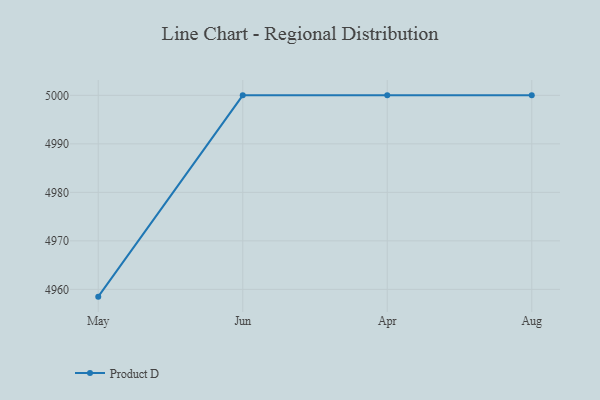
{"axis": {"x": "Month", "y": "Temperature (°C)"}, "legend": ["Product D"], "data": [{"x": "May", "y": 4958.5, "type": "Product D"}, {"x": "Jun", "y": 5000, "type": "Product D"}, {"x": "Apr", "y": 5000, "type": "Product D"}, {"x": "Aug", "y": 5000, "type": "Product D"}]}